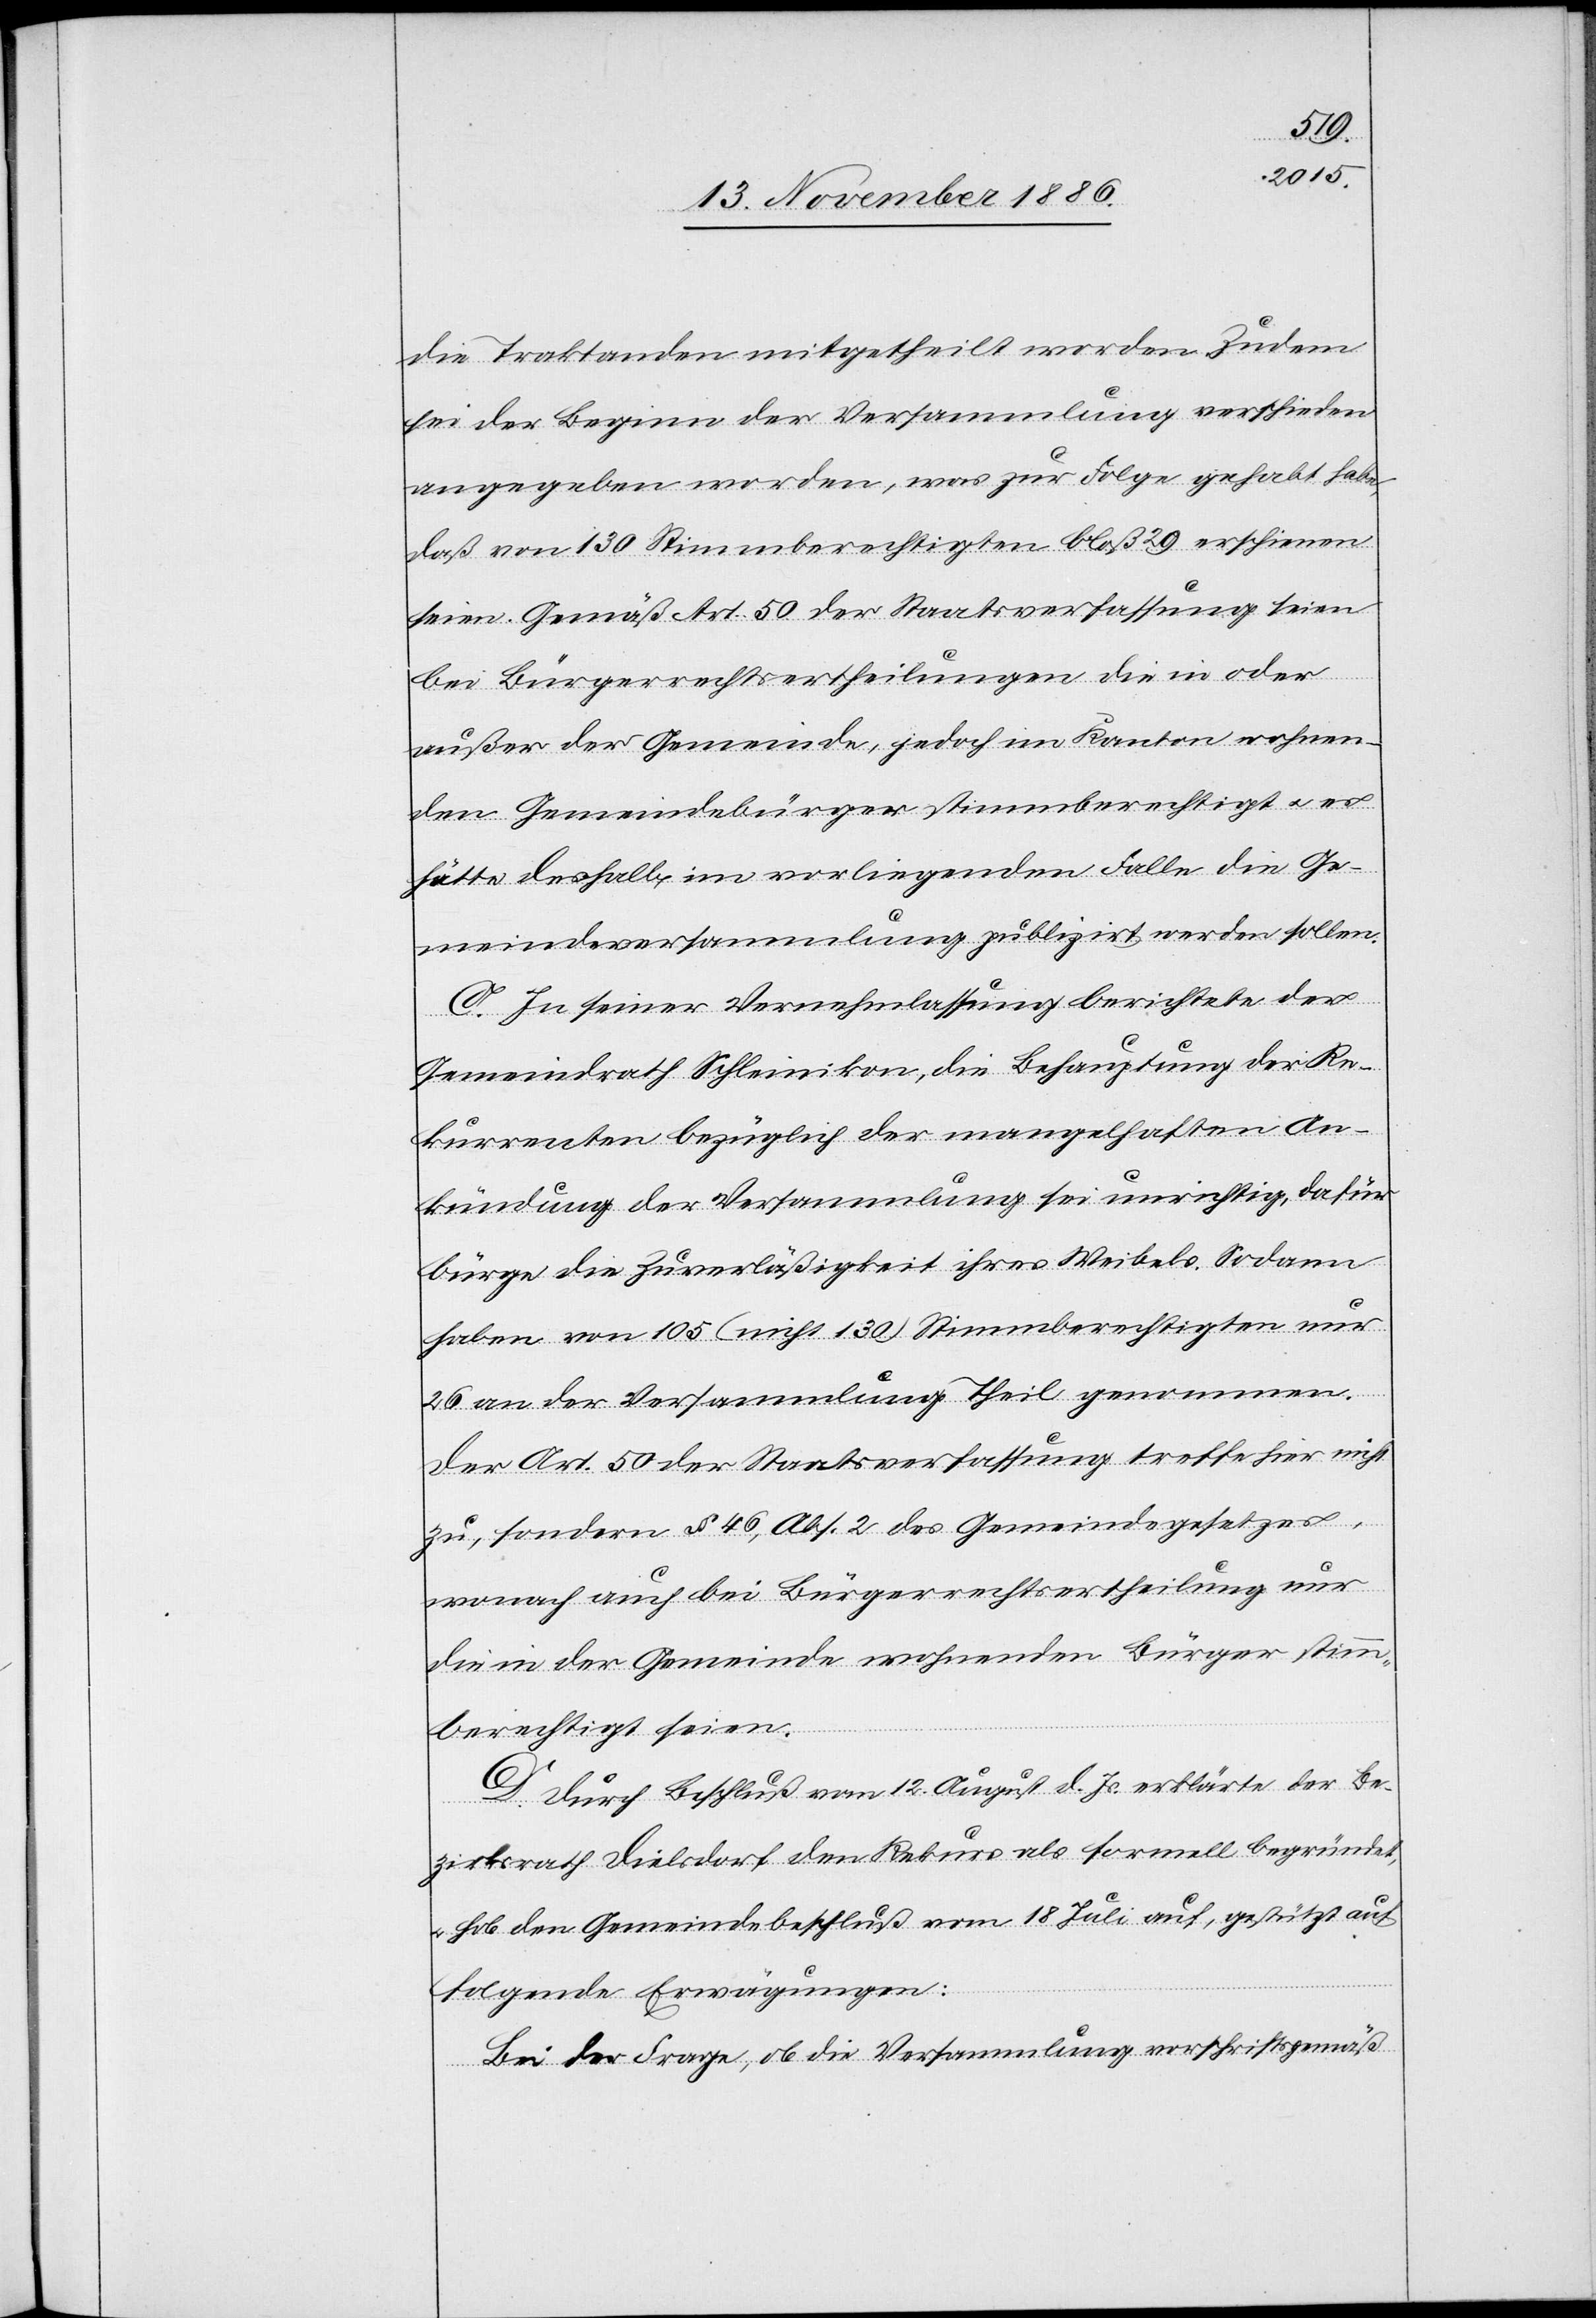
die Traktanden mitgetheilt worden. Zudem
sei der Beginn der Versammlung verschieden
angegeben worden, was zur Folge gehabt habe,
daß von 130 Stimmberechtigten bloß 29 erschienen
seien. Gemäß Art. 50 der Staatsverfassung seien
bei Bürgerrechtsertheilungen die in oder
außer der Gemeinde, jedoch im Kanton wohnen¬
den Gemeindebürger stimmberechtigt & es
hätte deshalb im vorliegenden Falle die Ge¬
meindeversammlung publizirt werden sollen.
C. In seiner Vernehmlassung berichtete der
Gemeindrath Schleinikon, die Behauptung der Re¬
kurrenten bezüglich der mangelhaften An¬
kündung der Versammlung sei unrichtig, dafür
bürge die Zuverläßigkeit ihres Weibels. Sodann
haben von 105 (nicht 130) Stimmberechtigten nur
26 an der Versammlung Theil genommen.
Der Art. 50 der Staatsverfassung treffe hier nicht
zu, sondern § 46, Abs. 2 des Gemeindegesetzes,
wonach auch bei Bürgerrechtsertheilung nur
die in der Gemeinde wohnenden Bürger stimm¬
berechtigt seien.
D. Durch Beschluß vom 12. August d. Js. erklärte der Be¬
zirksrath Dielsdorf den Rekurs als formell begründet,
& hob den Gemeindebeschluß vom 18. Juli auf, gestützt auf
folgende Erwägungen:
Bei der Frage, ob die Versammlung vorschriftsgemäß